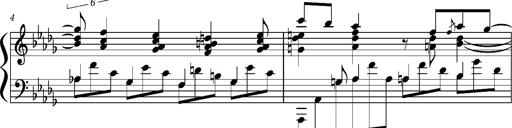
Title: Concerto sans orchestre, S.524a
Composer: Franz Liszt
Key: A major